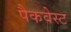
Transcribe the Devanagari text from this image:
पैकवेस्ट